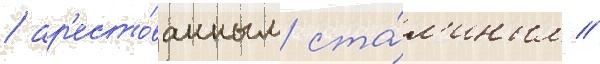
/ ар'есто́ванным ста́л'иным //